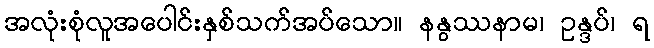
အလုံးစုံလူအပေါင်းနှစ်သက်အပ်သော။ နနွဿနာမ၊ ဥန္ဒပ်၊ ရ